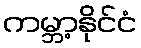
ကမ္ဘာ့နိုင်ငံ